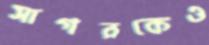
সাগরকেও